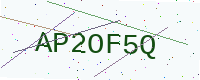
Text: AP2OF5Q